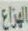
الهزاع